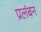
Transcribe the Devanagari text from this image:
प्रलंबन